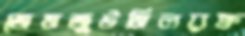
জেমজুটমিলরক্ত